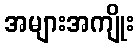
အများအကျိုး